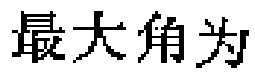
最大角为